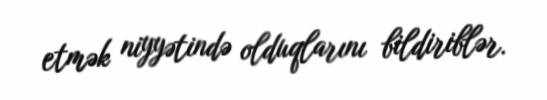
etmək niyyətində olduqlarını bildiriblər.